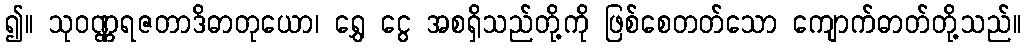
၍။ သုဝဏ္ဏရဇတာဒိဓာတုယော၊ ရွှေ ငွေ အစရှိသည်တို့ကို ဖြစ်စေတတ်သော ကျောက်ဓာတ်တို့သည်။